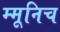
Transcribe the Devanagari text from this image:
म्मूनिच